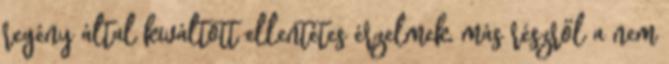
regény által kiváltott ellentétes érzelmek, más részről a nem